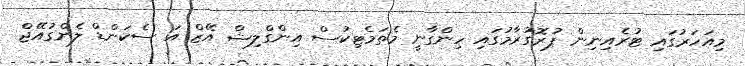
މިއަހަރުގައި ޓުރެއިނިން ޕުރޮގުރާމުގައި ހިންގާނީ މެތަމެޓިކުސް އިންގްލިޝް އޭޒް އަ ސެކަންޑް ލެންގުއޭޖް